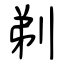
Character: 剃